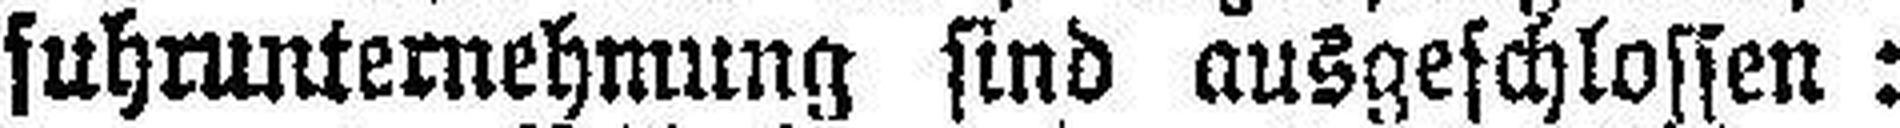
fuhrunternehmung sind ausgeschlossen: